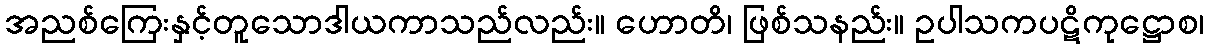
အညစ်ကြေးနှင့်တူသောဒါယကာသည်လည်း။ ဟောတိ၊ ဖြစ်သနည်း။ ဥပါသကပဋိကုဋ္ဌောစ၊